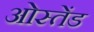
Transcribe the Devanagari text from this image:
ओस्तेंड